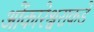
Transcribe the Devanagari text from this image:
ओंकारेश्वराकडे